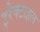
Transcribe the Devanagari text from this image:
इरेक्टाइल